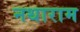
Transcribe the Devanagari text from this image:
नथाराम